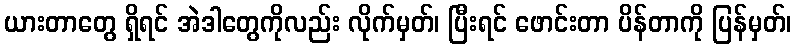
ယားတာတွေ ရှိရင် အဲဒါတွေကိုလည်း လိုက်မှတ်၊ ပြီးရင် ဖောင်းတာ ပိန်တာကို ပြန်မှတ်၊